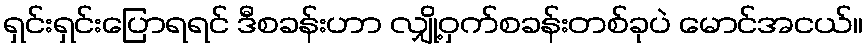
ရှင်းရှင်းပြောရရင် ဒီစခန်းဟာ လျှို့ဝှက်စခန်းတစ်ခုပဲ မောင်အငယ်။